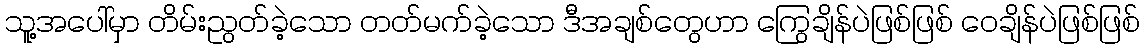
သူ့အပေါ်မှာ တိမ်းညွတ်ခဲ့သော တတ်မက်ခဲ့သော ဒီအချစ်တွေဟာ ကြွေချိန်ပဲဖြစ်ဖြစ် ဝေချိန်ပဲဖြစ်ဖြစ်